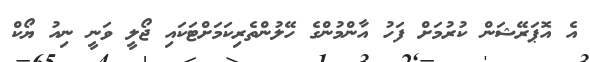
އެ އޮޕަރޭޝަން ކުރުމަށް ފަހު އާންމުންގެ ހޭލުންތެރިކަމަށްޓަކައި ޖޯލީ ވަނީ ނިއު ޔޯކް